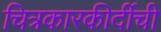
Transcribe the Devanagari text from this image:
चित्रकारकीर्दीची